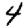
Digit: 4